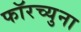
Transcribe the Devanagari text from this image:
फॉरच्युना